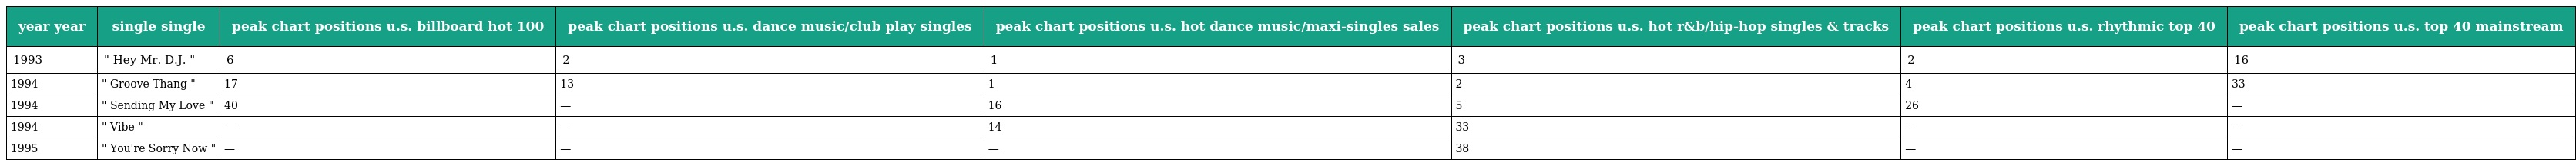
| year year | single single | peak chart positions u.s. billboard hot 100 | peak chart positions u.s. dance music/club play singles | peak chart positions u.s. hot dance music/maxi-singles sales | peak chart positions u.s. hot r&b/hip-hop singles & tracks | peak chart positions u.s. rhythmic top 40 | peak chart positions u.s. top 40 mainstream |
 | --- | --- | --- | --- | --- | --- | --- | --- |
 | 1993 | " Hey Mr. D.J. " | 6 | 2 | 1 | 3 | 2 | 16 |
 | 1994 | " Groove Thang " | 17 | 13 | 1 | 2 | 4 | 33 |
 | 1994 | " Sending My Love " | 40 | — | 16 | 5 | 26 | — |
 | 1994 | " Vibe " | — | — | 14 | 33 | — | — |
 | 1995 | " You're Sorry Now " | — | — | — | 38 | — | — |